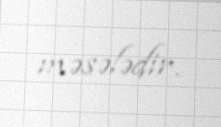
məsələdir.